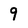
Character: 9